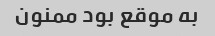
به موقع بود ممنون